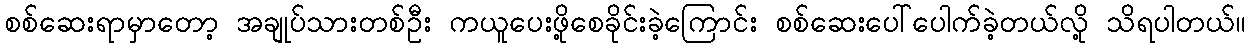
စစ်ဆေးရာမှာတော့ အချုပ်သားတစ်ဦး ကယူပေးဖို့စေခိုင်းခဲ့ကြောင်း စစ်ဆေးပေါ်ပေါက်ခဲ့တယ်လို့ သိရပါတယ်။